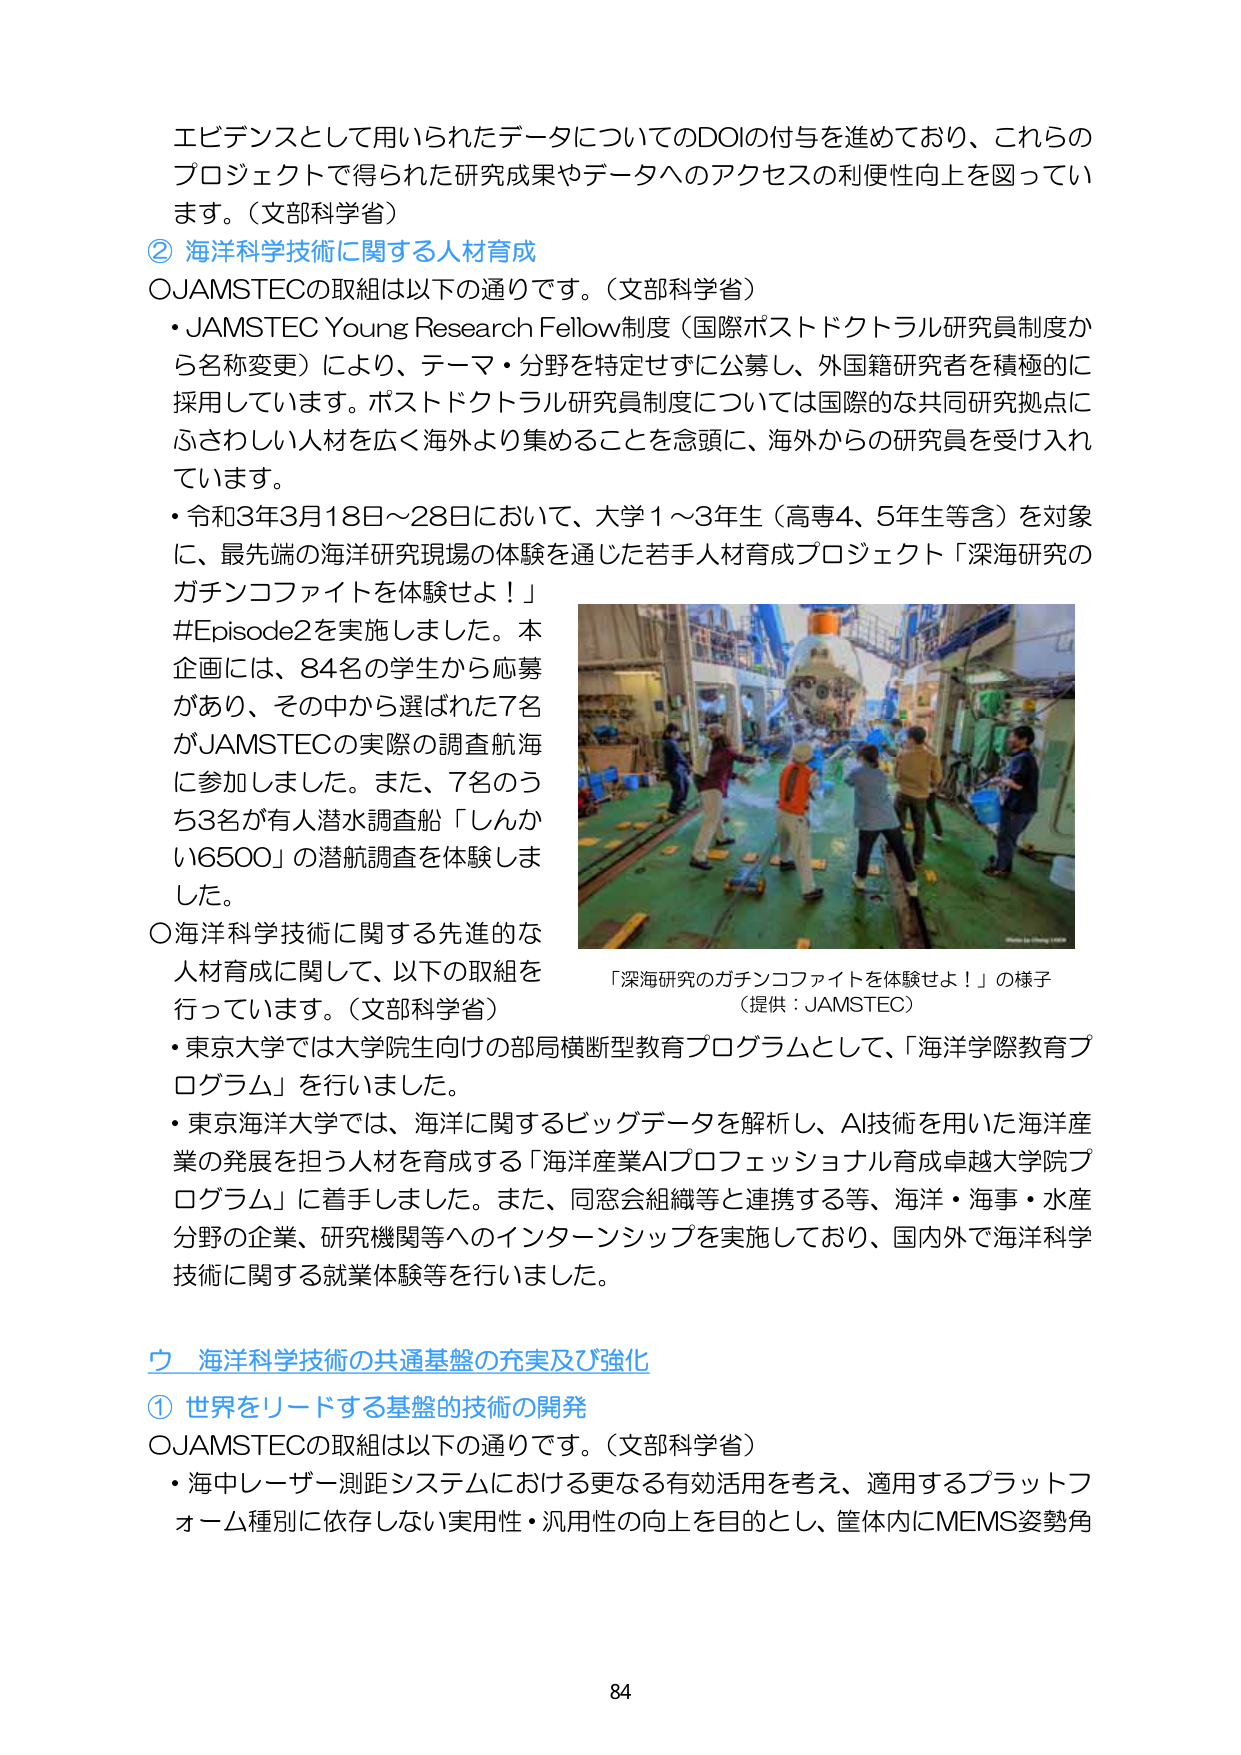
エビデンスとして用いられたデータについてのDOIの付与を進めており、これらのプロジェクトで得られた研究成果やデータへのアクセスの利便性向上を図っています。（文部科学省）

② 海洋科学技術に関する人材育成

○JAMSTECの取組は以下の通りです。（文部科学省）
・JAMSTEC Young Research Fellow制度（国際ポストドクトラル研究員制度から名称変更）により、テーマ・分野を特定せずに公募し、外国籍研究者を積極的に採用しています。ポストドクトラル研究員制度については国際的な共同研究拠点にふさわしい人材を広く海外より集めることを念頭に、海外からの研究員を受け入れています。
・令和3年3月18日～28日において、大学1～3年生（高専4、5年生等含）を対象に、最先端の海洋研究現場の体験を通じた若手人材育成プロジェクト「深海研究のガチンコファイトを体験せよ！」#Episode2を実施しました。本企画には、84名の学生から応募があり、その中から選ばれた7名がJAMSTECの実際の調査航海に参加しました。また、7名のうち3名が有人潜水調査船「しんかい6500」の潜航調査を体験しました。

○海洋科学技術に関する先進的な人材育成に関して、以下の取組を行っています。（文部科学省）
・東京大学では大学院生向けの部局横断型教育プログラムとして、「海洋学際教育プログラム」を行いました。
・東京海洋大学では、海洋に関するビッグデータを解析し、AI技術を用いた海洋産業の発展を担う人材を育成する「海洋産業AIプロフェッショナル育成卓越大学院プログラム」に着手しました。また、同窓会組織等と連携する等、海洋・海事・水産分野の企業、研究機関等へのインターンシップを実施しており、国内外で海洋科学技術に関する就業体験等を行いました。

「深海研究のガチンコファイトを体験せよ！」の様子
（提供：JAMSTEC）

ウ 海洋科学技術の共通基盤の充実及び強化

① 世界をリードする基盤的技術の開発

○JAMSTECの取組は以下の通りです。（文部科学省）
・海中レーザー測距システムにおける更なる有効活用を考え、適用するプラットフォーム種別に依存しない実用性・汎用性の向上を目的とし、筐体内にMEMS姿勢角

84